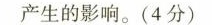
产生的影响。(4分)